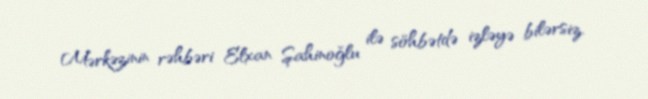
Mərkəzinin rəhbəri Elxan Şahinoğlu ilə söhbətdə izləyə bilərsiz.